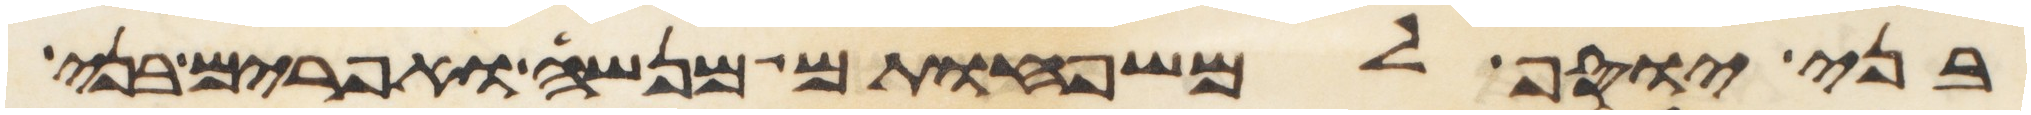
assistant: בני יוסף למשפחותם מנשה ואפרים בני